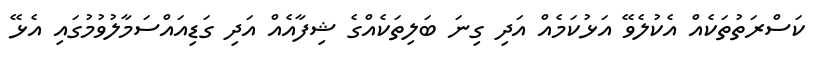
ކަސްރަތުތަކެއް އެކުލެވޭ އަޅުކަމެއް އަދި ގިނަ ބަލިތަކެއްގެ ޝިފާއެއް އަދި ގަޑިއައްސަމާލުވުމުގައި އެޅޭ